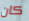
كان